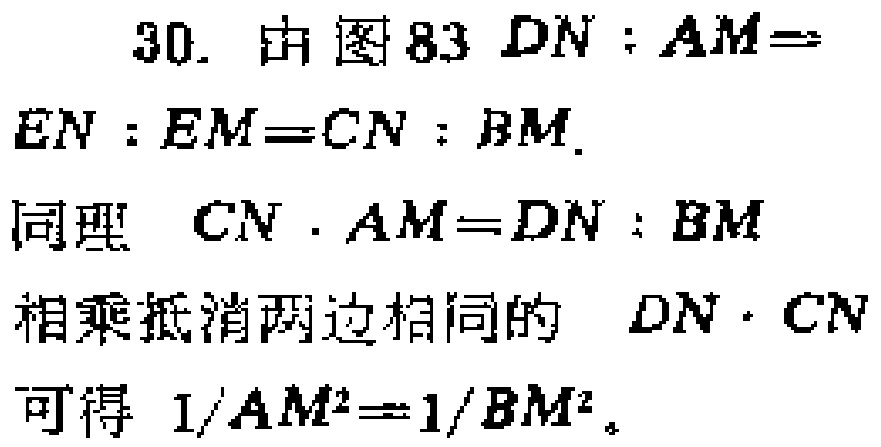
30. 由图83 \(DN:AM = EN:EM = CN:BM\).
同理 \(CN\cdot AM = DN:BM\)
相乘抵消两边相同的 \(DN\cdot CN\)
可得 \(1/AM^{2}=1/BM^{2}\)。